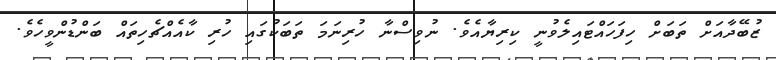
ޒުބޭދާއަށް ތަބަށް ހިފަހައްޓައިލެވުނީ ކިރިޔާއެވެ. ނުވިސްނާ ހުރިނަމަ ތަބަކުގައި ހުރި ކާއެއްޗެހިތައް ބަންޑުންވީހެވެ.